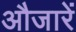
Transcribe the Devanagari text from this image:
औजारें